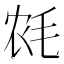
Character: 𱥡